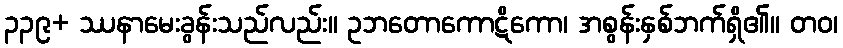
၃၃၉+ ဿနာမေးခွန်းသည်လည်း။ ဥဘတောကောဋိကော၊ အစွန်းနှစ်ဘက်ရှိ၏။ တဝ၊